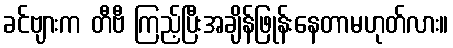
ခင်ဗျားက တီဗီ ကြည့်ပြီးအချိန်ဖြုန်းနေတာမဟုတ်လား။